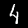
Label: 4